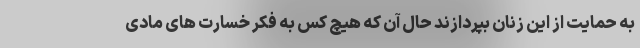
به حمایت از این زنان بپردازند حال آن که هیچ کس به فکر خسارت های مادی